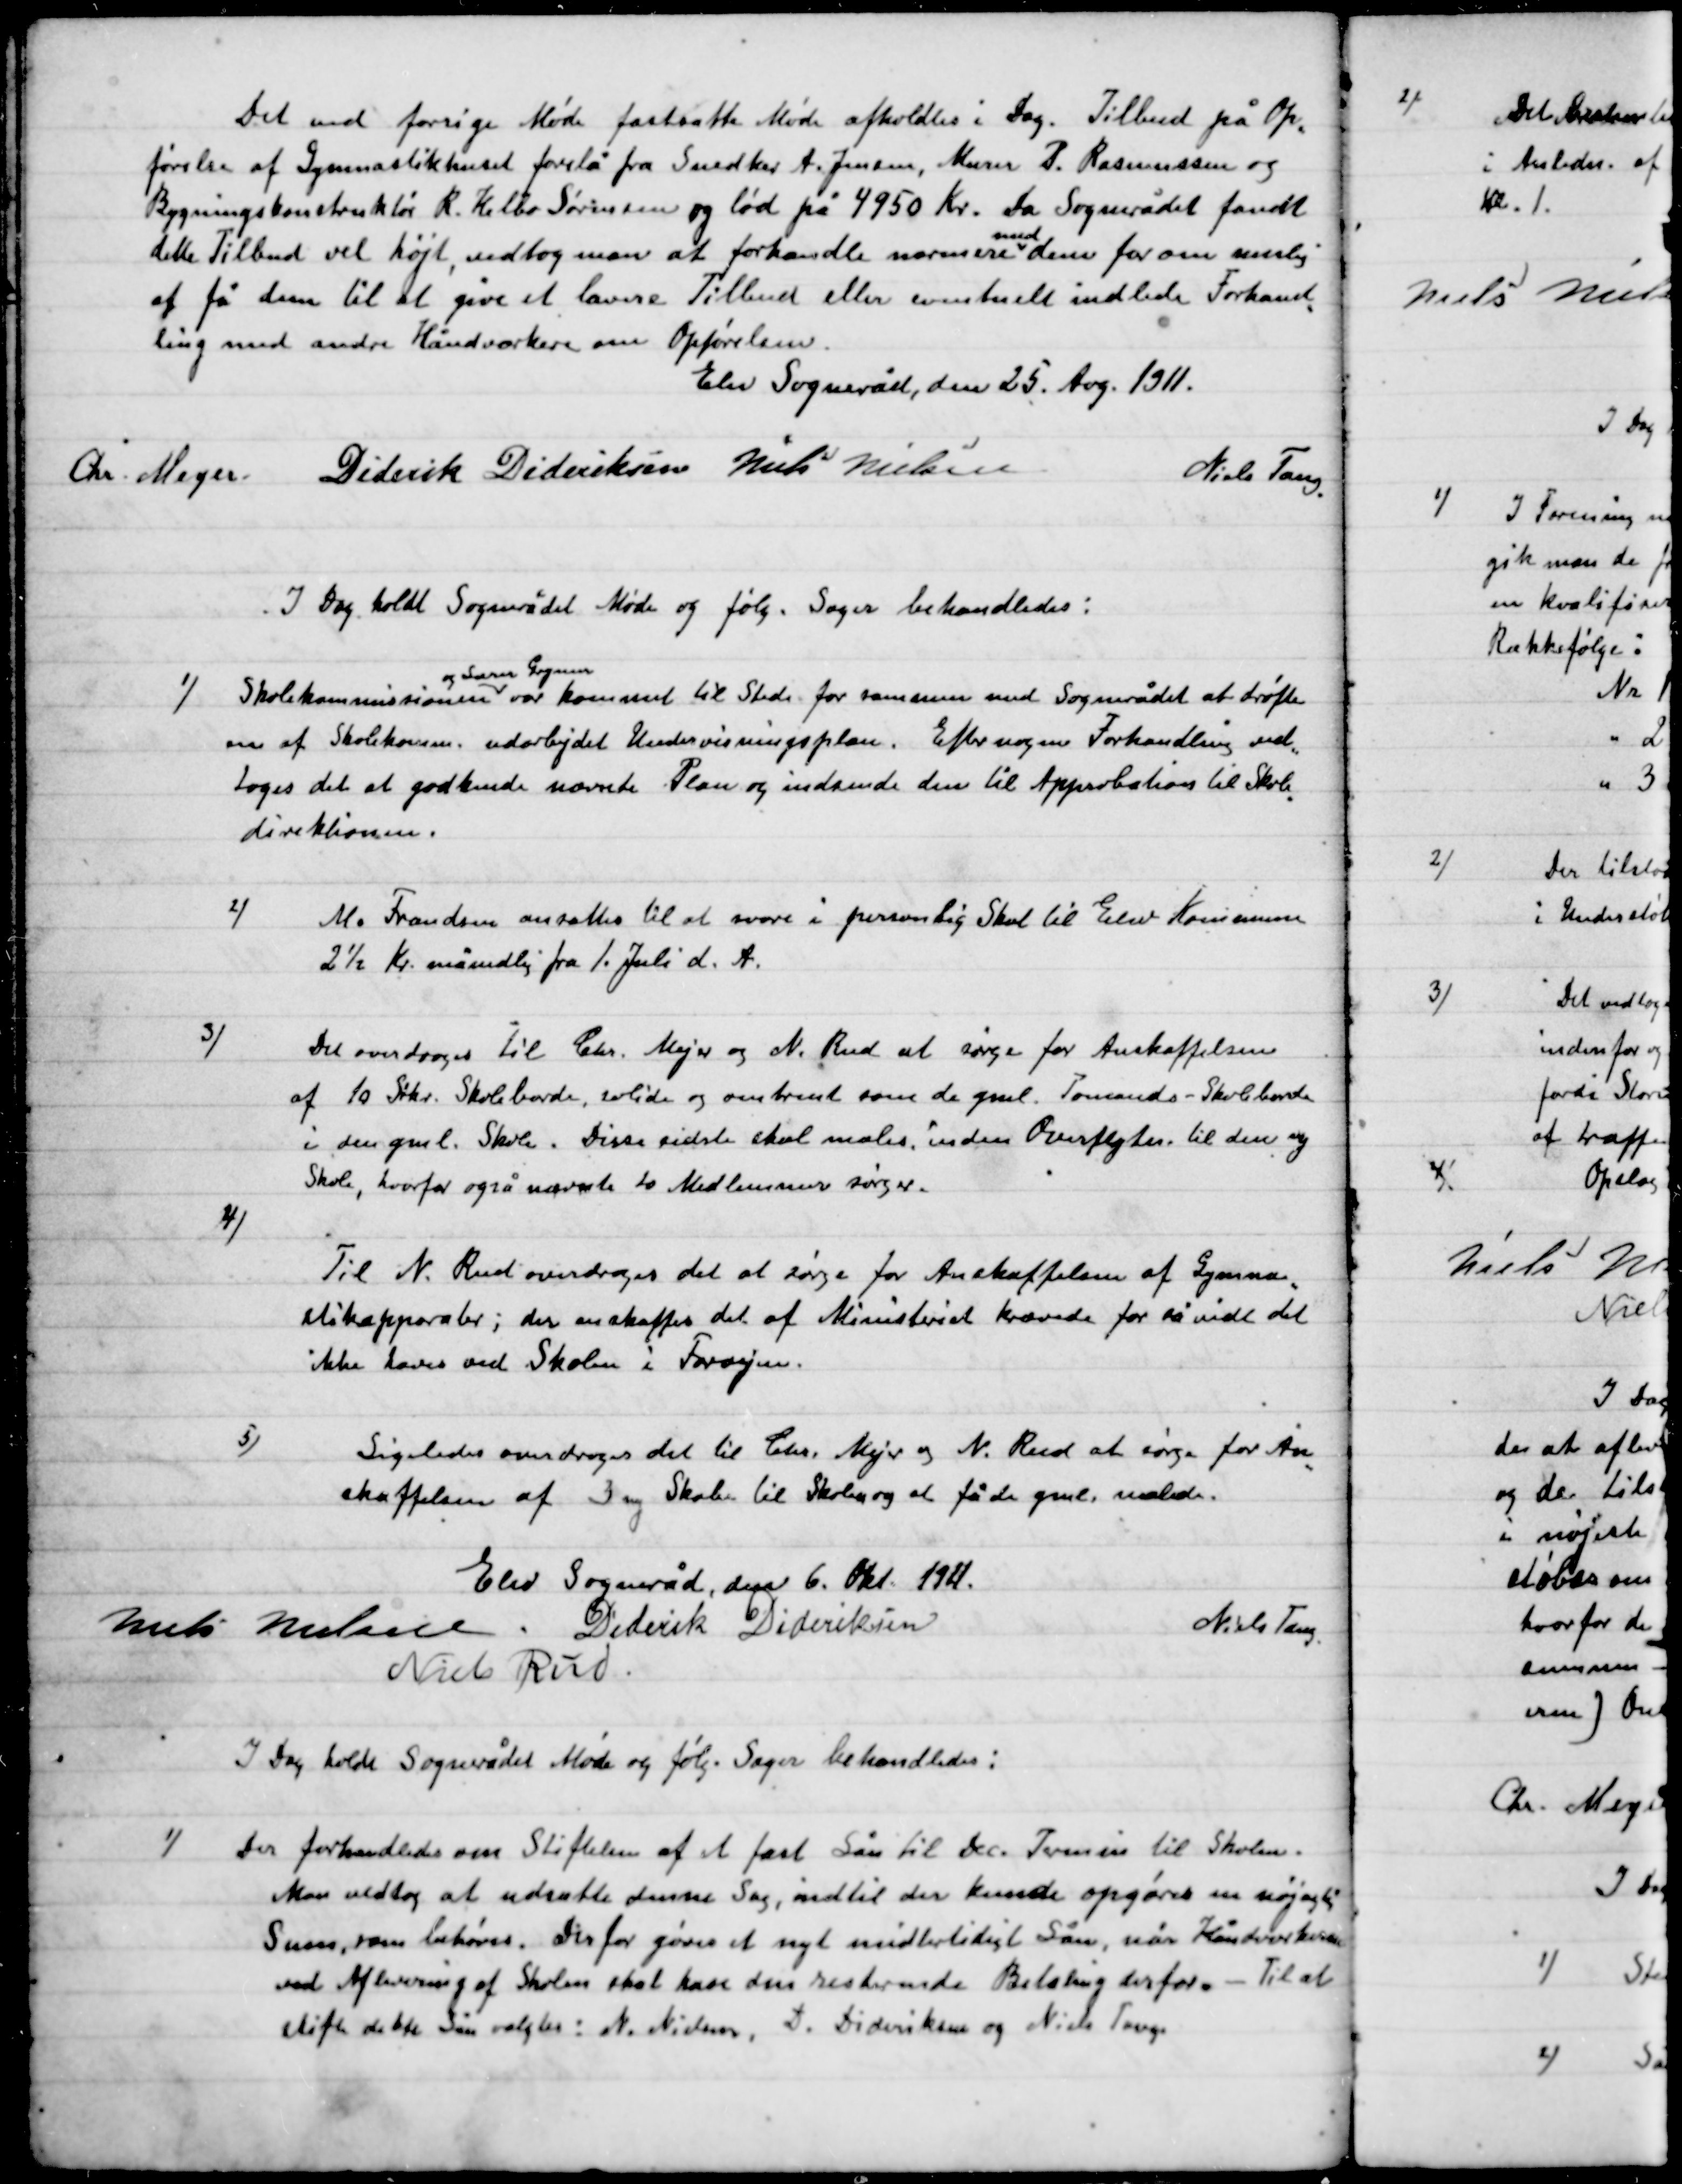
Transskription:
Det ved forevige Møde fastsætte Møde afholdtes i Dag Tilbud på Op-
førelse af Gymnastikhuset forelå fra Snedker A. Jensen Murer P. Rasmussen og
Bygningskonstruktør R. Helbo Sørensen og lød på 4950 Kr. Da Sognerådet fandt
dette Tilbud vel højt, vedtog man at forhandle nærmere med dem for om muligt
at få dem til at give  et lavere Tilbud eller eventuelt indlede forhand-
ling med andre Håndværkere om Opførelsen.

Elev Sogneråd den 25. August 1911.

Chr. Meyer
Diderik Dideriksen
Niels Nielsen
Niels Tang.

I Dag holdt Sognerådet Møde og følg. Sager behandledes:

1)

Skolekommissionen
og Lærer Grymer
var kommet til Stede for sammen med Sognerådet at drøfte
en af Skolekomm. udarbejdet  Undervisningsplan. Efter nogen Forhandling ved-
toges det at godkende nævnte Plan og indsende til Approbation til Skole-
direktionen.

2)

M. Frandsen ansattes til at svare i Personlig Skat til elev Kommune
2½ Kr. månedlig fra 1. Juli d. A.

3)

Det overdroges til Chr. Mejer og N. Rud at søge for Anskaffelsen
af 10 Stkr. Skoleborde, solide og omtrent som de gaml. Ponsande - Skoleborde
i den gaml. Skole. Disse sidste skal males, inden Overflytning til den ny
Skole, hvorfor også nævnte to Medlemmer sørger.

4)

Til N. Rud overdroges det at sørge for Anskaffelsen af Gynma-
stikapparater; der anskaffes det af Ministeriets krævede for så vidt det
ikke haves ved Skolen i forvejen.

5)

Ligeledes overdroges det til Chr. Mejer og N. Rud at søge for An-
skaffelsen af 3 ny Stole til Skolen og at få de gamle malede.

Elev Sogneråd den 6. Okt. 1911.

Niels Nielsen
Diderik Dideriksen
Niels Tang.
Niels Rud.

I Dag holdt Sognerådet Møde og følg. Sager behandledes:

1)

Der forhandledes om Stiftelsen af et fast Lån til Dec. Termin til Skolen.
Man vedtog at udsætte denne Sag, indtil der kunde opgøres en nøjagtig
Sum, som behøves. Derfor gøres et nyt midlertidig Lån når Håndværkerne
ved Afregning af skolen skal have den resterende betaling derfor. – til at
Stifte dette Lån valgtes: N. Nielsen, D. Dideriksen og Niels Tang.